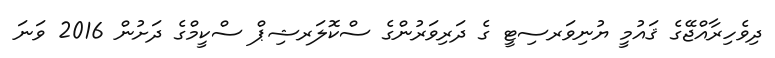
ދިވެހިރާއްޖޭގެ ޤައުމީ ޔުނިވަރސިޓީ ގެ ދަރިވަރުންގެ ސްކޮލަރޝިޕް ސްކީމްގެ ދަށުން 2016 ވަނަ